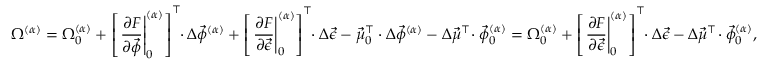
\Omega ^ { ( \alpha ) } = \Omega _ { 0 } ^ { ( \alpha ) } + \left[ \left. \frac { \partial F } { \partial \vec { \phi } } \right| _ { 0 } ^ { ( \alpha ) } \right] ^ { \top } \! \! \cdot \Delta \vec { \phi } ^ { ( \alpha ) } + \left[ \left. \frac { \partial F } { \partial \vec { \epsilon } } \right| _ { 0 } ^ { ( \alpha ) } \right] ^ { \top } \! \! \cdot \Delta \vec { \epsilon } - \vec { \mu } _ { 0 } ^ { \top } \cdot \Delta \vec { \phi } ^ { ( \alpha ) } - \Delta \vec { \mu } ^ { \top } \! \cdot \vec { \phi } _ { 0 } ^ { ( \alpha ) } = \Omega _ { 0 } ^ { ( \alpha ) } + \left[ \left. \frac { \partial F } { \partial \vec { \epsilon } } \right| _ { 0 } ^ { ( \alpha ) } \right] ^ { \top } \! \! \cdot \Delta \vec { \epsilon } - \Delta \vec { \mu } ^ { \top } \! \cdot \vec { \phi } _ { 0 } ^ { ( \alpha ) } ,